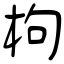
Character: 枸